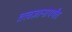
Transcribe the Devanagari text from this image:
तत्वज्ञानापर्यंत